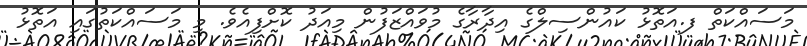
މަސައްކަތް ފ.އަތޮޅު ކައުންސިލްގެ އިދާރާގެ މުވައްޒަފުން މިއަދު ކޮށްފިއެވެ. މި މަސައްކަތުގައި އަތޮޅު